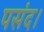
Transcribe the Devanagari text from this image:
पसंद।